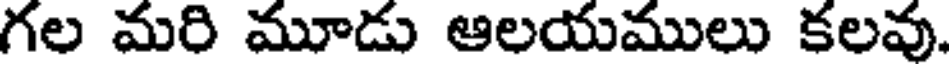
గల మరి మూడు ఆలయములు కలవు.